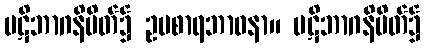
ပဋိဘာဂနိမိတ်၌ ဥပစာရဘာဝနာ။ ပဋိဘာဂနိမိတ်၌